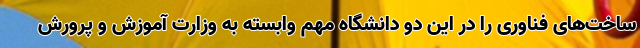
ساخت‌های فناوری را در این دو دانشگاه مهم وابسته به وزارت آموزش و پرورش